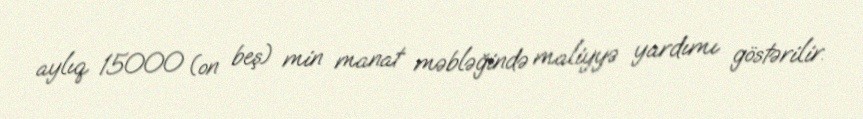
aylıq 15000 (on beş) min manat məbləğində maliyyə yardımı göstərilir.